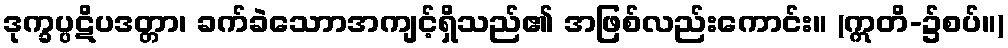
ဒုက္ခပ္ပဋိပဒတ္တာ၊ ခက်ခဲသောာအကျင့်ရှိသည်၏ အဖြစ်လည်းကောင်း။ (ဣတိ-၌စပ်။)